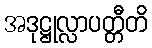
အဒုဋ္ဌုလ္လာပတ္တီတိ